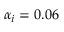
\alpha _ { i } = 0 . 0 6